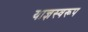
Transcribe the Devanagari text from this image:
याज्ञस्वरूप